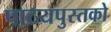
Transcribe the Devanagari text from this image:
पाठयपुस्तको